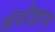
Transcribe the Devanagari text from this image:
छंदोज्ञान